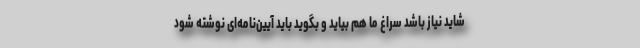
شاید نیاز باشد سراغ ما هم بیاید و بگوید باید آیین‌نامه‌ای نوشته شود